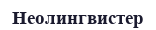
Неолингвистер